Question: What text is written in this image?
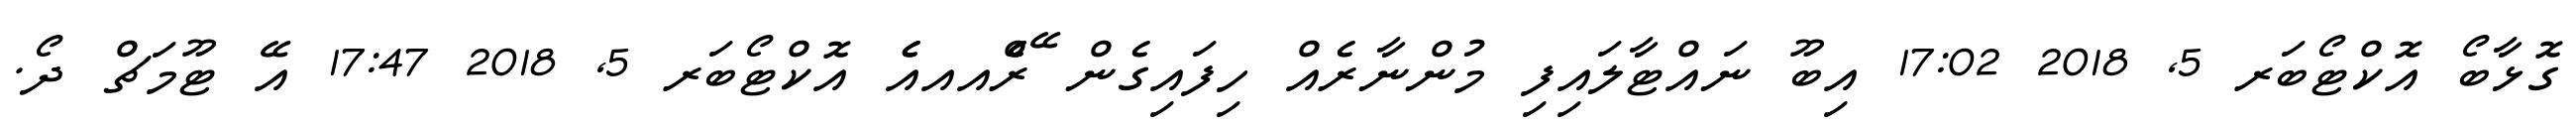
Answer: ގޮޅާބޯ އޮކްޓޯބަރ 5, 2018 17:02 އިބޫ ނައްޓާލައިފި މުންނާރެއް ހިފައިގެން ޭރެެްއއއެެ އޮކްޓޯބަރ 5, 2018 17:47 އޭ ޓޫމަޗް ދޯ.